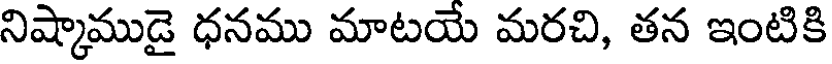
నిష్కాముడై ధనము మాటయే మరచి, తన ఇంటికి